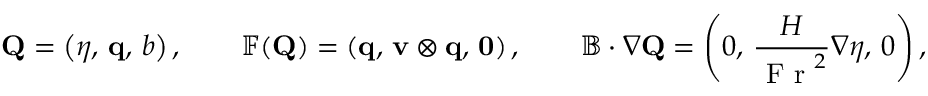
\mathbf { Q } = \left( \eta , \, \mathbf { q } , \, b \right) , \qquad \mathbb { F } ( \mathbf { Q } ) = \left( \mathbf { q } , \, \mathbf { v } \otimes \mathbf { q } , \, \mathbf { 0 } \right) , \qquad \mathbb { B } \cdot \nabla \mathbf { Q } = \left( 0 , \, \frac { H } { \textnormal { F r } ^ { 2 } } \nabla \eta , \, 0 \right) ,